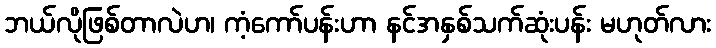
ဘယ်လိုဖြစ်တာလဲဟ၊ ကံ့ကော်ပန်းဟာ နင်အနှစ်သက်ဆုံးပန်း မဟုတ်လား